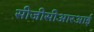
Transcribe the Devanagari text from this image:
सीजीसीआरआई